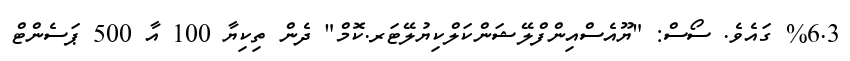
%6.3 ގައެވެ. ސޯސް: "ޔޫއެސްއިންފްލޭޝަންކަލްކިޔުލޭޓަރ.ކޮމް" ދެން ތިކިޔާ 100 އާ 500 ޕަސެންޓް